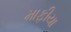
માફીયા